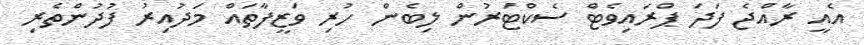
އެއީ ރާއްޖެ ފަދަ ޕްރައިވެޓް ސެކްޓަރުން ލިބެން ހުރި ވަޒީފާތައް މަދުއިރު ފުދުންތެރި